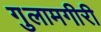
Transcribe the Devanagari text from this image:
गुलामगीरी